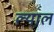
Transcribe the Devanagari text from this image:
ल्याल